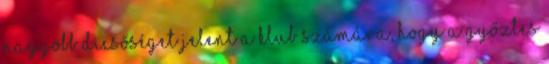
nagyobb dicsőséget jelent a klub számára, hogy a győztes